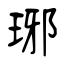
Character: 琊